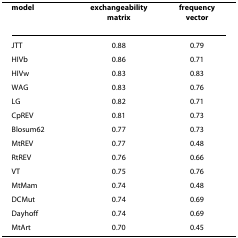
<table><thead><tr><td><b>model</b></td><td><b>exchangeability matrix</b></td><td><b>frequency vector</b></td></tr></thead><tbody><tr><td>JTT</td><td>0.88</td><td>0.79</td></tr><tr><td>HIVb</td><td>0.86</td><td>0.71</td></tr><tr><td>HIVw</td><td>0.83</td><td>0.83</td></tr><tr><td>WAG</td><td>0.83</td><td>0.76</td></tr><tr><td>LG</td><td>0.82</td><td>0.71</td></tr><tr><td>CpREV</td><td>0.81</td><td>0.73</td></tr><tr><td>Blosum62</td><td>0.77</td><td>0.73</td></tr><tr><td>MtREV</td><td>0.77</td><td>0.48</td></tr><tr><td>RtREV</td><td>0.76</td><td>0.66</td></tr><tr><td>VT</td><td>0.75</td><td>0.76</td></tr><tr><td>MtMam</td><td>0.74</td><td>0.48</td></tr><tr><td>DCMut</td><td>0.74</td><td>0.69</td></tr><tr><td>Dayhoff</td><td>0.74</td><td>0.69</td></tr><tr><td>MtArt</td><td>0.70</td><td>0.45</td></tr></tbody></table>